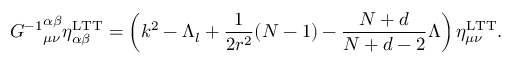
{ { \cal G } ^ { - 1 } } _ { \mu \nu } ^ { \alpha \beta } \eta _ { \alpha \beta } ^ { \mathrm { L T T } } = \left( k ^ { 2 } - \Lambda _ { l } + \frac { 1 } { 2 r ^ { 2 } } ( N - 1 ) - \frac { N + d } { N + d - 2 } \Lambda \right) \eta _ { \mu \nu } ^ { \mathrm { L T T } } .